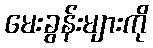
မေးခွန်းများကို